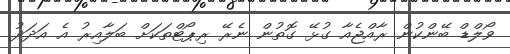
ވޯލްޑް ބޭންކުން ރާއްޖެއާ ގުޅޭ ގޮތުން ނެރޭ ރިޕޯޓްތަކަށް ބަލާއިރު އެ އަދަދު